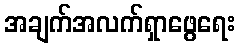
အချက်အလက်ရှာဖွေရေး